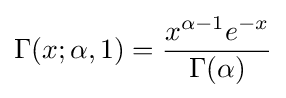
\Gamma (x;\alpha ,1)={\frac {x^{\alpha -1}e^{-x}}{\Gamma (\alpha )}}